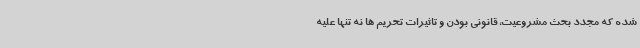
شده که مجدد بحث مشروعیت، قانونی بودن و تاثیرات تحریم ها نه تنها علیه